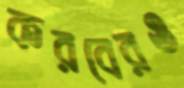
করবেরও